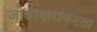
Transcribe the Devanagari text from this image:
जोडाक्षरांकरता